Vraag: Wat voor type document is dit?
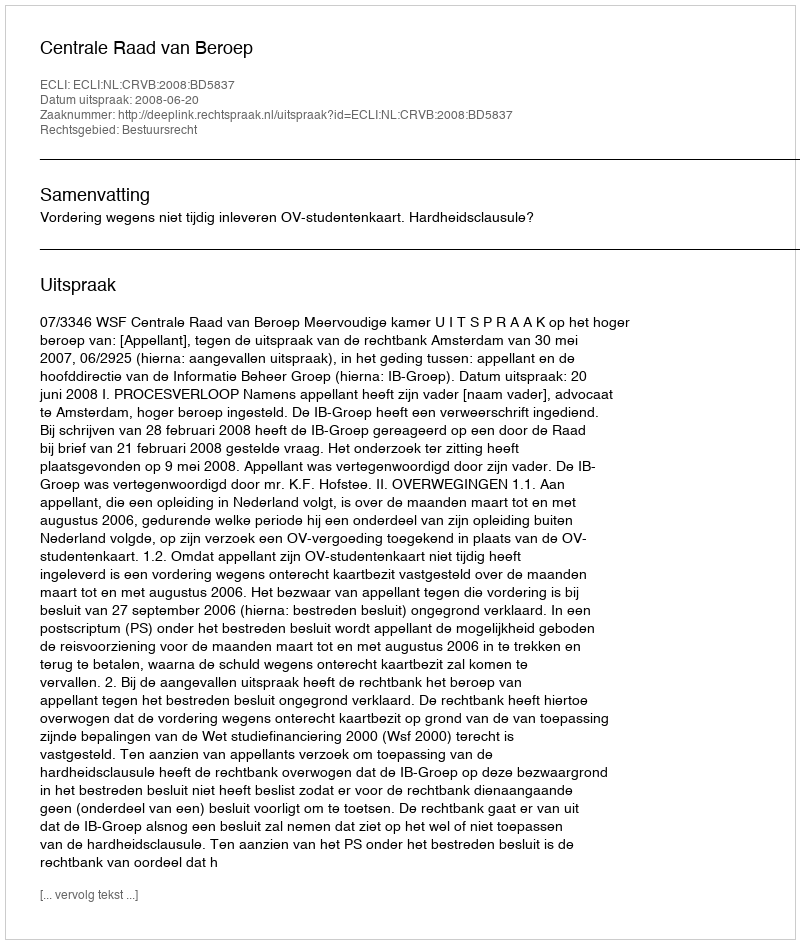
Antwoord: Uitspraak